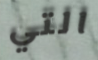
التي